Report of the Indian Hemp Drugs Commission, 1894-1895 - Volume II
Year: 1894
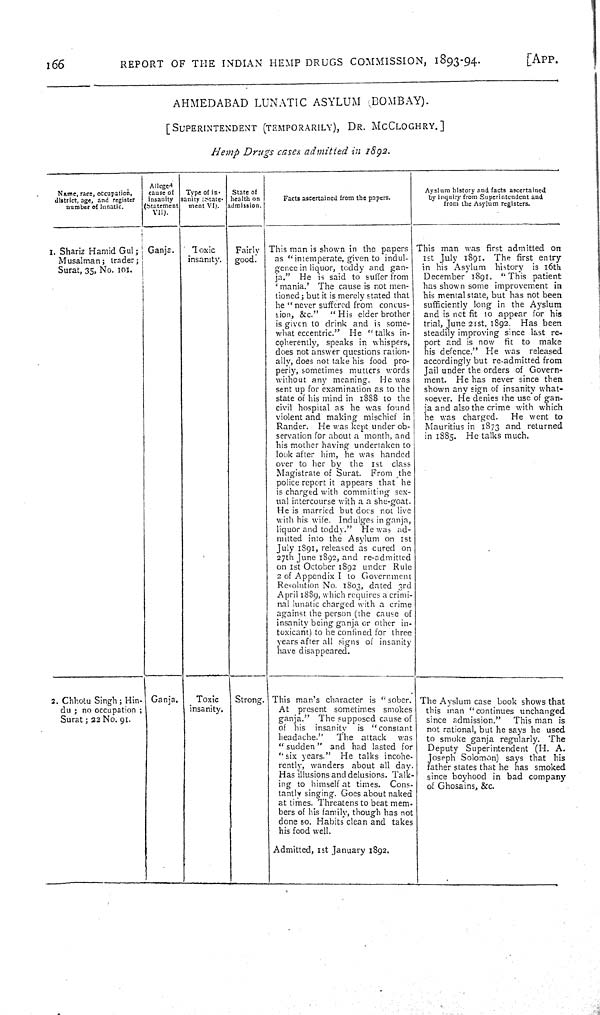
166
REPORT OF THE INDIAN HEMP DRUGS COMMISSION, 1893-94.
[APP.
AHMEDABAD LUNATIC ASYLUM BOMBAY).
[SUPERINTENDENT (TEMPORARILY), DR. McCLOGHRY.]
Hemp Drugs cases admitted in 1892.
Name, race, occupation,
district, age, and register
number of lunatic.
Alleged
cause of
insanity
(Statement
VII).
Type of in-
sanity (State-
ment VI).
State of
health on
admission.
Facts ascertained from the papers.
Ayslum history and facts ascertained
by inquiry from Superintendent and
from the Asylum registers.
1. Shariz Hamid Gul;
Musalman; trader;
Surat, 35, No. 101.
Ganja.
Toxic
insanity.
Fairly
good.
This man is shown in the papers
as "intemperate, given to indul-
gence in liquor, toddy and gan-
ja." He is said to suffer from
'mania.'
The cause is not men-
tioned; but it is merely stated that
he "never suffered from concus-
-ion, &c."
" His elder brother
is given to drink and is some-
what eccentric." He "talks in-
coherently, speaks in whispers,
does not answer questions ration-
ally, does not take his food pro-
periy, sometimes mutters words
without any meaning. He was
sent up for examination as to the
state of his mind in 1888 to the
civil hospital as he was found
violent and making mischief in
Rander. He was kept under ob-
servation for about a month, and
his mother having undertaken to
look after him, he was handed
over to her by the 1st class
Magistrate of Surat. From the
police report it appears that he
is charged with committing sex-
ual intercourse with a a she-goat.
He is married but does not live
with his wife. Indulges in ganja,
liquor and toddy." He was ad-
mitted into the Asylum on 1st
July 1891, released as cured on
27th June 1892, and re-admitted
on 1st October 1892 under Rule
2 of Appendix I to Government
Resolution No. 1803, dated 3rd
April 1889, which requires a crimi-
nal lunatic charged with a crime
against the person (the cause of
insanity being ganja or other in-
toxicant) to be confined for three
years after all signs of insanity
have disappeared.
This man was first admitted on
1st July 1891. The first entry
in his Asylum history is 16th
December 1891. "This patient
has shown some improvement in
his mental state, but has not been
sufficiently long in the Ayslum
and is not fit to appear for his
trial, June 21st, 1892. Has been
steadily improving since last re-
port and is now fit to make
his defence." He was released
accordingly but re-admitted from
Jail under the orders of Govern-
ment. He has never since then
shown any sign of insanity what-
soever. He denies the use of gan-
ja and also the crime with which
he was charged.
He went to
Mauritius in 1873 and returned
in 1885. He talks much.
2. Chhotu Singh; Hin-
du; no occupation
Surat; 22 No. 91.
Ganja.
Toxic
insanity.
Strong. This man's character is "sober.
At present sometimes smokes
ganja." The supposed cause of
of his insanity
is "constant
headache."
The attack
was
"sudden" and had lasted for
"six years." He talks incohe-
rently, wanders about all day.
Has illusions and delusions. Talk-
ing to himself at times. Cons-
tantly singing. Goes about naked
at times. Threatens to beat mem-
bers of his family, though has not
done so. Habits clean and takes
his food well.
Admitted, 1st January 1892.
The Ayslum case book shows that
this man "continues unchanged
since admission."
This man is
not rational, but he says he used
to smoke ganja regularly. The
Deputy Superintendent (H. A.
Joseph Solomon) says that his
father states that he has smoked
since boyhood in bad company
of Ghosains, &c.